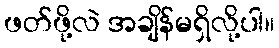
ဖတ်ဖို့လဲ အချိန်မရှိလို့ပါ။